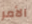
الأمر